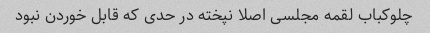
چلوکباب لقمه مجلسی اصلا نپخته در حدی که قابل خوردن نبود